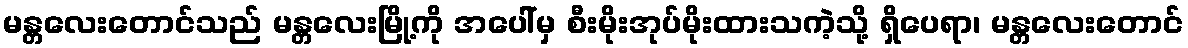
မန္တလေးတောင်သည် မန္တလေးမြို့ကို အပေါ်မှ စီးမိုးအုပ်မိုးထားသကဲ့သို့ ရှိပေရာ၊ မန္တလေးတောင်